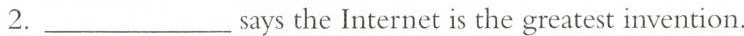
2. ___says the Internet is the greatest invention.